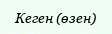
Кеген (өзен)